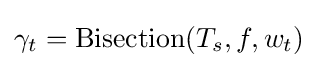
\gamma _{t}={\text{Bisection}}(T_{s},f,w_{t})